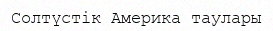
Солтүстік Америка таулары